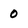
Character: 0